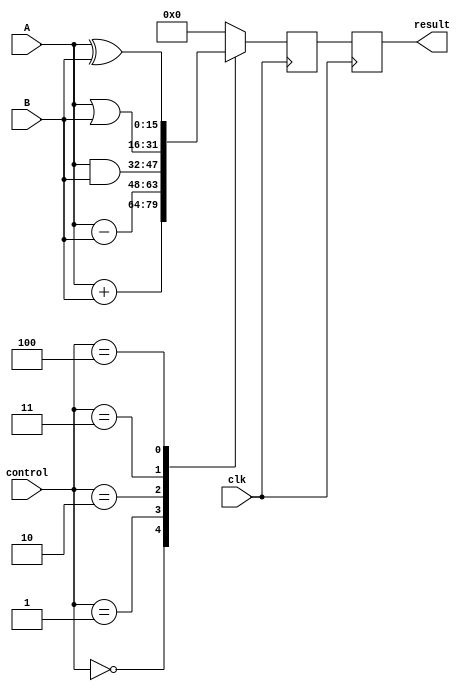
module ALU_16bit (
    input [15:0] A,
    input [15:0] B,
    input [2:0] control,
    input clk,
    output reg [15:0] result
);

reg [15:0] temp_result;

always @(posedge clk) begin
    case (control)
        3'b000: temp_result <= A + B; // Addition
        3'b001: temp_result <= A - B; // Subtraction
        3'b010: temp_result <= A & B; // AND operation
        3'b011: temp_result <= A | B; // OR operation
        3'b100: temp_result <= A ^ B; // XOR operation
        default: temp_result <= 16'b0;
    endcase
end

always @(posedge clk) begin
    result <= temp_result;
end

endmodule